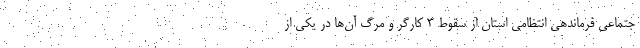
جتماعی فرماندهی انتظامی استان از سقوط ۳ کارگر و مرگ آن‌ها در یکی از